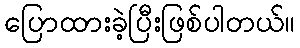
ပြောထားခဲ့ပြီးဖြစ်ပါတယ်။